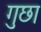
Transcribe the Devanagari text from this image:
गुछा